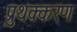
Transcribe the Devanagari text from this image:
प्रुथक्करण